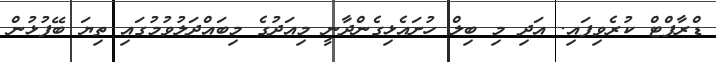
ޑްރާފްޓް ކުރެވިފައި. އަދި މި ބިލް ހުށައެޅިގެންދާނީ މިއަދުގެ މިބައްދަލުވުމުގައި ތިޔަ ބޭފުޅުން